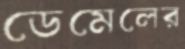
ডেমেলের